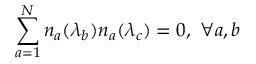
\sum _ { a = 1 } ^ { N } n _ { a } ( \lambda _ { b } ) n _ { a } ( \lambda _ { c } ) = 0 , \ \forall a , b